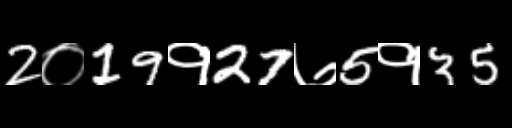
Text: 2०19१27७5१35